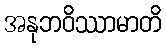
အနုဘဝိဿာမာတိ